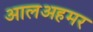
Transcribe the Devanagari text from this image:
आलअहमर